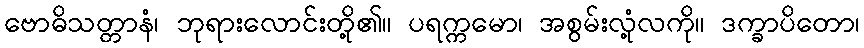
ဗောဓိသတ္တာနံ၊ ဘုရားလောင်းတို့၏။ ပရက္ကမော၊ အစွမ်းလုံ့လကို။ ဒက္ခာပိတော၊